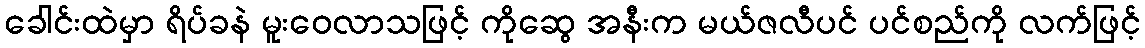
ခေါင်းထဲမှာ ရိပ်ခနဲ မူးဝေလာသဖြင့် ကိုဆွေ အနီးက မယ်ဇလီပင် ပင်စည်ကို လက်ဖြင့်